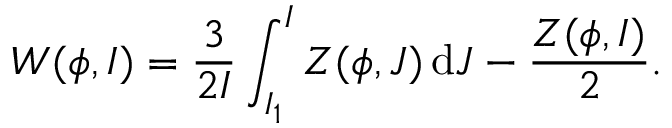
W ( \phi , I ) = \frac { 3 } { 2 I } \int _ { I _ { 1 } } ^ { I } Z ( \phi , J ) \, \mathrm d J - \frac { Z ( \phi , I ) } { 2 } .